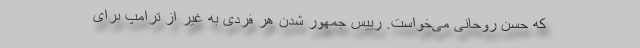
که حسن روحانی می‌خواست. رییس جمهور شدن هر فردی به غیر از ترامپ برای